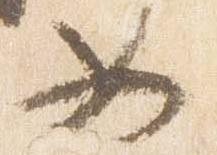
如